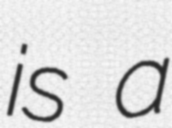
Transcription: is a